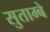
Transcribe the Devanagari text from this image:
सुताम्बे